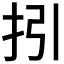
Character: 𢪉